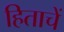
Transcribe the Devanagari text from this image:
हिताचें